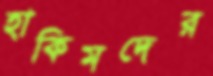
হাকিমদের